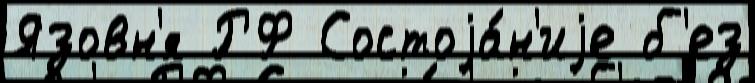
Язовн'я РФ Состоjа́н'иjе б'ез